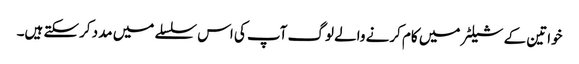
خواتین کے شیلٹر میں کام کرنے والے لوگ آپ کی اس سلسلے میں مدد کرسکتے ہیں۔